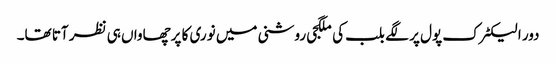
دور الیکٹرک پول پر لگے بلب کی ملگجی روشنی میں نوری کا پرچھاواں ہی نظر آتا تھا۔